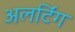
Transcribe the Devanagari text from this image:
अलर्टिंग